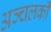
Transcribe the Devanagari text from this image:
अञ्चलकी